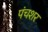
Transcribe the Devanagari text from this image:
पंचशर